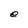
Character: e